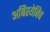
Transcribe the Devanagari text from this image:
अबिश्येविच